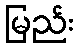
မြည်း